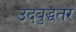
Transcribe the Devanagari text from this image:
उदबुद्धतर